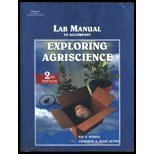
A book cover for Exploring Agriscience; Ray V. Herren; Science & Math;